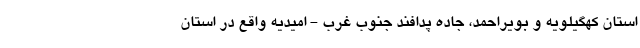
استان کهگیلویه و بویراحمد، جاده پدافند جنوب غرب - امیدیه واقع در استان